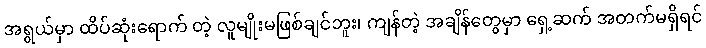
အရွယ်မှာ ထိပ်ဆုံးရောက် တဲ့ လူမျိုးမဖြစ်ချင်ဘူး၊ ကျန်တဲ့ အချိန်တွေမှာ ရှေ့ဆက် အတက်မရှိရင်